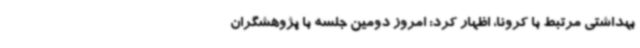
بهداشتی مرتبط با کرونا، اظهار کرد: امروز دومین جلسه با پژوهشگران